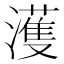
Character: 濩